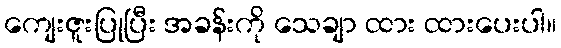
ကျေးဇူးပြုပြီး အခန်းကို သေချာ ထား ထားပေးပါ။